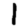
Digit: 1